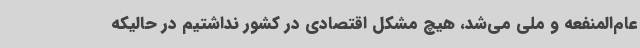
عام‌المنفعه و ملی می‌شد، هیچ مشکل اقتصادی در کشور نداشتیم در حالیکه